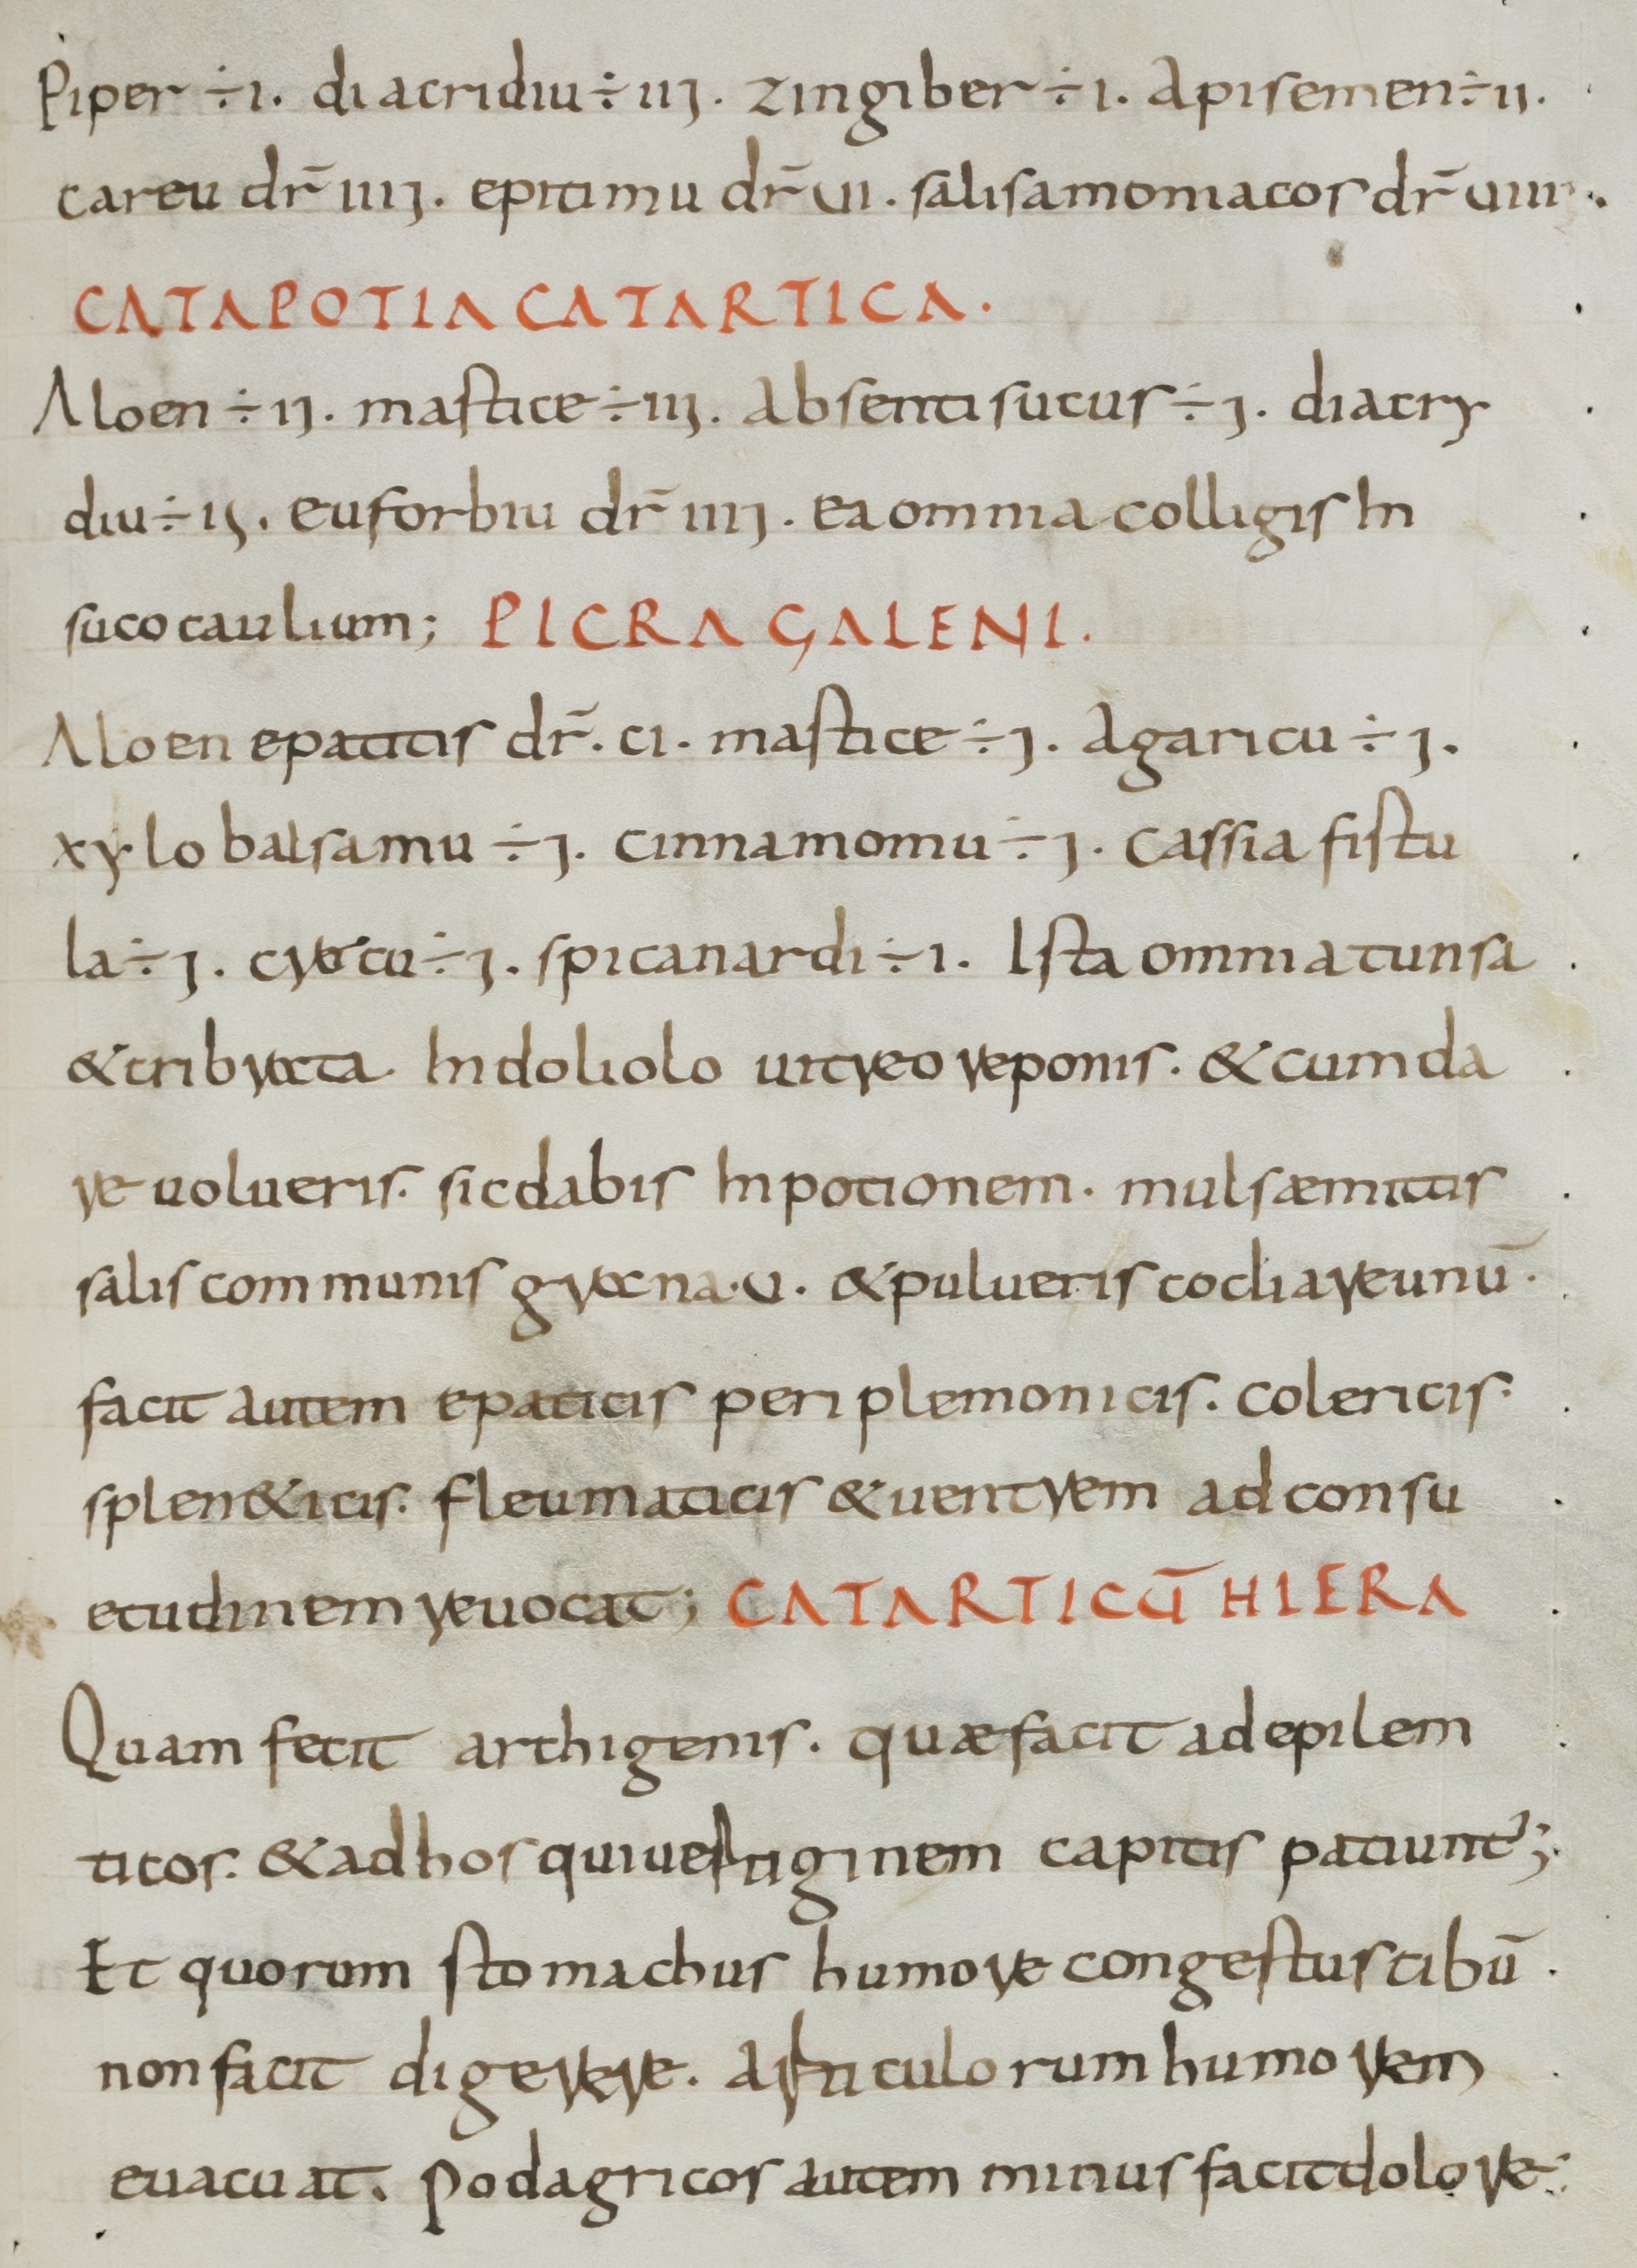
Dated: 800–849